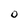
Character: 0